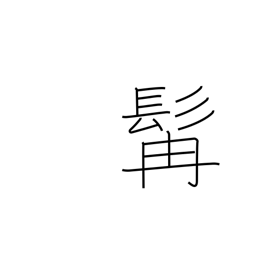
Meaning: beard